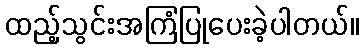
ထည့်သွင်းအကြံပြုပေးခဲ့ပါတယ်။